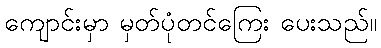
ကျောင်းမှာ မှတ်ပုံတင်ကြေး ပေးသည်။